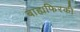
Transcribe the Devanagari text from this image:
बाह्यफिरकी